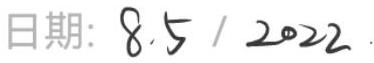
日期：8.5 / 2022